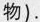
物）。